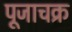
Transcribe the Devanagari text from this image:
पूजाचक्र